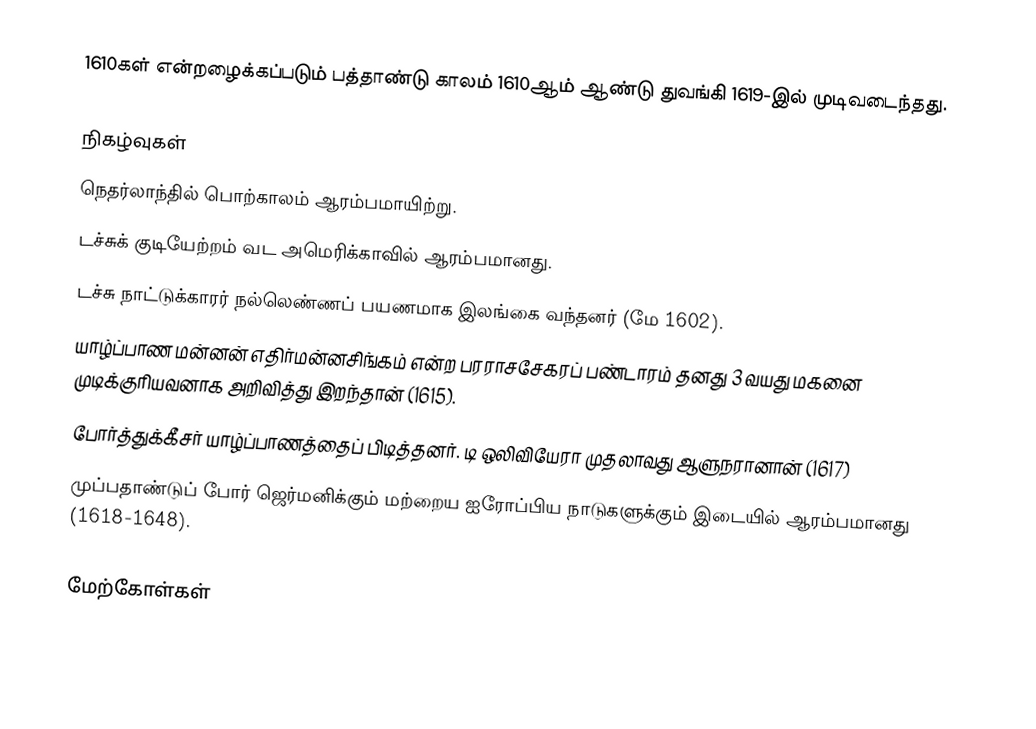
1610கள் என்றழைக்கப்படும் பத்தாண்டு காலம் 1610ஆம் ஆண்டு துவங்கி 1619-இல் முடிவடைந்தது.

நிகழ்வுகள்
 நெதர்லாந்தில் பொற்காலம் ஆரம்பமாயிற்று.
 டச்சுக் குடியேற்றம் வட அமெரிக்காவில் ஆரம்பமானது.
 டச்சு நாட்டுக்காரர் நல்லெண்ணப் பயணமாக இலங்கை வந்தனர் (மே 1602).
 யாழ்ப்பாண மன்னன் எதிர்மன்னசிங்கம் என்ற பரராசசேகரப் பண்டாரம் தனது 3 வயது மகனை முடிக்குரியவனாக அறிவித்து இறந்தான் (1615).
 போர்த்துக்கீசர் யாழ்ப்பாணத்தைப் பிடித்தனர். டி ஒலிவியேரா முதலாவது ஆளுநரானான் (1617)
 முப்பதாண்டுப் போர் ஜெர்மனிக்கும் மற்றைய ஐரோப்பிய நாடுகளுக்கும் இடையில் ஆரம்பமானது (1618-1648).

மேற்கோள்கள்